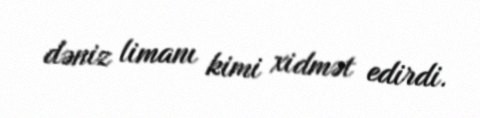
dəniz limanı kimi xidmət edirdi.